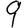
Digit: 9